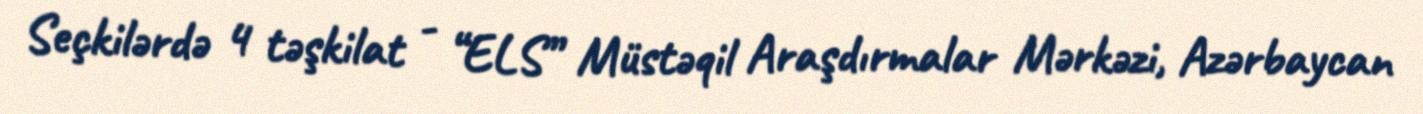
Seçkilərdə 4 təşkilat - “ELS” Müstəqil Araşdırmalar Mərkəzi, Azərbaycan